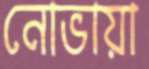
নোভায়া